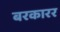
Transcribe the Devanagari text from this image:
बरकारर